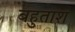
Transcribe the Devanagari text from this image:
बहुताश